Leaving Certificate Examination, 1915
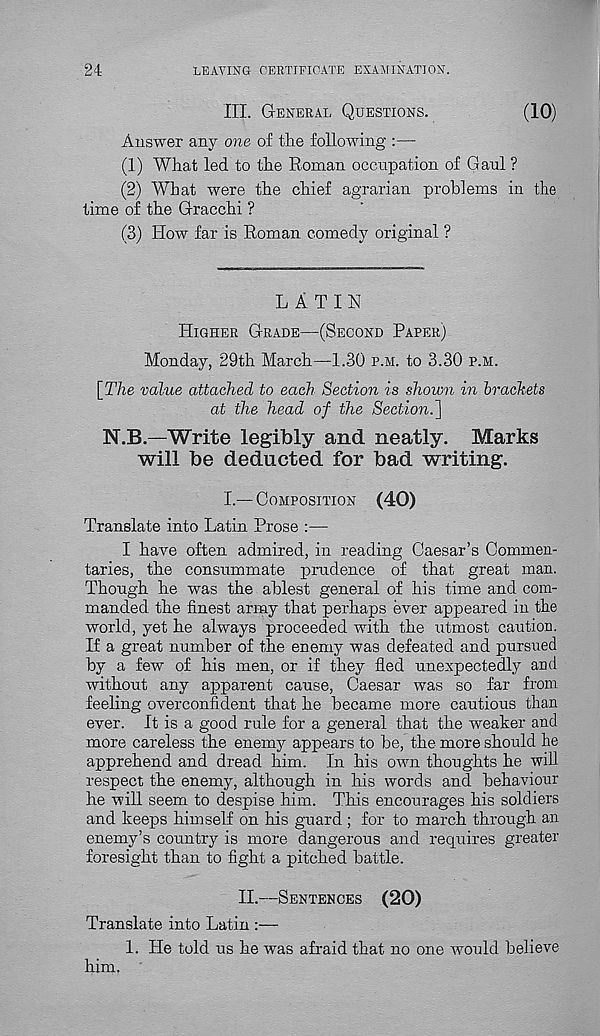
24
LEAVING CERTIFICATE EXAMINATION.
III. GENERAL QUESTIONS.
(10)
Answer any one of the following :—
(1) What led to the Roman occupation of Gaul ?
(2) What were the chief agrarian problems in the
time of the Gracchi ?
(3) How far is Roman comedy original ?
L A T IH
HIGHER GRADE—(SECOND PAPER)
Monday, 29th March—1.30 P.M. to 3.30 P.M.
[The value attached to each Section is shown in brackets
at the head of the Section.^
N.B.—Write legibly and neatly. Marks
will be deducted for bad writing.
I.—COMPOSITION (40)
Translate into Latin Prose :—
I have often admired, in reading Caesar’s Commen-
taries, the consummate prudence of that great man.
Though he was the ablest general of his time and com-
manded the finest army that perhaps ever appeared in the
world, yet he always proceeded with the utmost caution.
If a great number of the enemy was defeated and pursued
by a few of his men, or if they fled unexpectedly and
without any apparent cause, Caesar was so far from
feeling overconfident that he became more cautious than
ever. It is a good rule for a general that the weaker and
more careless the enemy appears to be, the more should he
apprehend and dread him. In his own thoughts he will
respect the enemy, although in his words and behaviour
he will seem to despise him. This encourages his soldiers
and keeps himself on his guard ; for to march through an
enemy’s country is more dangerous and requires greater
foresight than to fight a pitched battle.
II.—SENTENCES (20)
Translate into Latin :—
1. He told us he was afraid that no one would believe
him, '